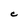
Character: C